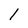
Character: 1